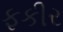
ફકીર